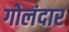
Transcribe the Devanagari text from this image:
गोलंदार